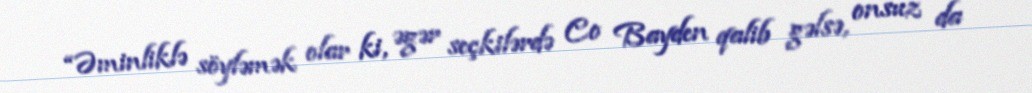
“Əminliklə söyləmək olar ki, əgər seçkilərdə Co Bayden qalib gəlsə, onsuz da